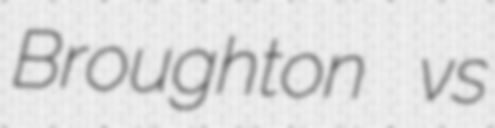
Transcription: Broughton vs